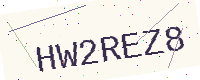
Text: HW2REZ8